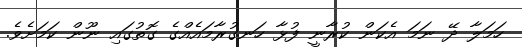
ހަމަލާ ދޭ ނަމަ އެކަން ކުރާނީ ފުޅާ ހަނގުރާމައެއްގެ ގޮތުގައި ނޫން ކަމަށެވެ.